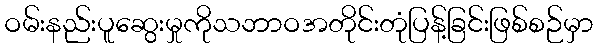
ဝမ်းနည်းပူဆွေးမှုကိုသဘာဝအတိုင်းတုံပြန့်ခြင်းဖြစ်စဉ်မှာ